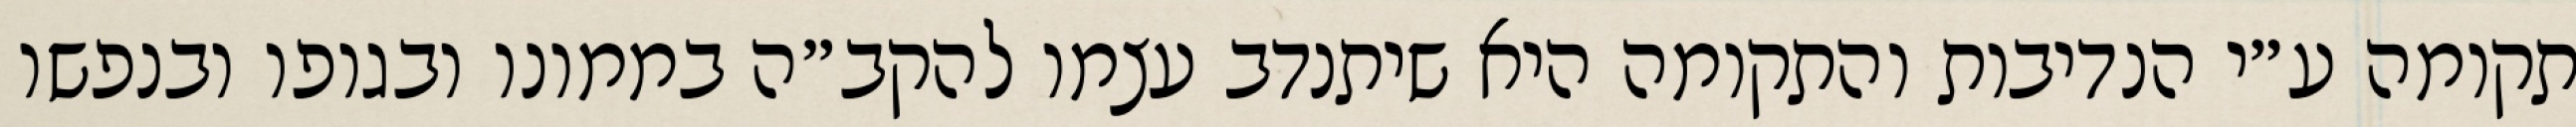
תקומה ע״י הנדיבות והתקומה היא שיתנדב עצמו להקב״ה בממונו ובגופו ובנפשו